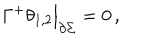
\Gamma ^ { + } \theta _ { 1 , 2 } \Big | _ { \partial \Sigma } = 0 \, ,